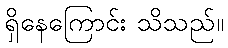
ရှိနေကြောင်း သိသည်။